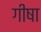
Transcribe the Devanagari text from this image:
गीषा